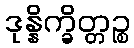
ဒုန္နိက္ခိတ္တဉ္စ